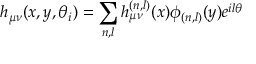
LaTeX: h _ { \mu \nu } ( x , y , \theta _ { i } ) = \sum _ { n , l } h _ { \mu \nu } ^ { ( n , l ) } ( x ) \phi _ { ( n , l ) } ( y ) e ^ { i l \theta }